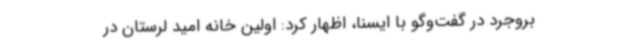
بروجرد در گفت‌وگو با ایسنا، اظهار کرد: اولین خانه امید لرستان در